Vaccination in Burma 1912-1922 - 1912-1922
Year: 1912
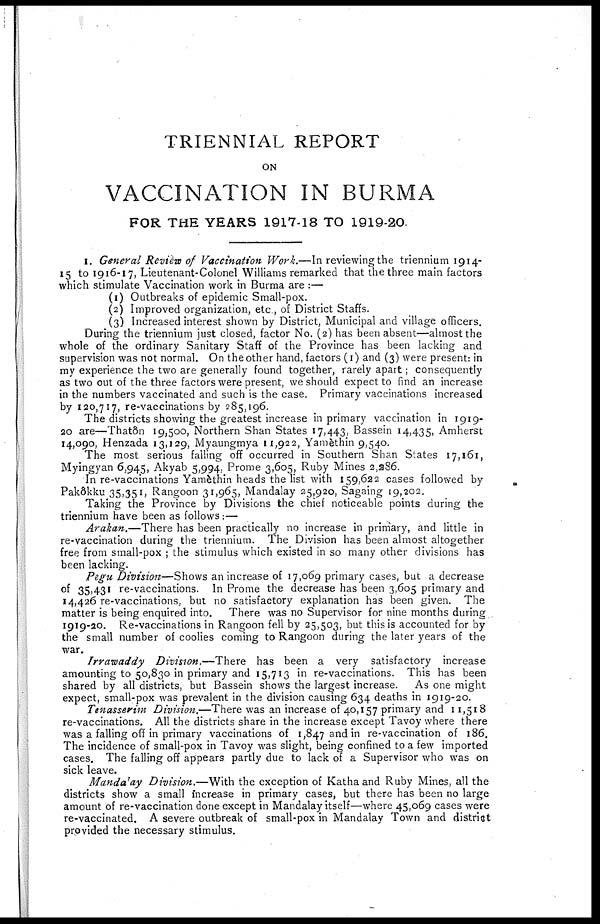
TRIENNIAL REPORT
ON
VACCINATION IN BURMA
FOR THE YEARS 1917-18 TO 1919-20.
1. General Review of Vaccination Work.— In reviewing the triennium 1914-
15 to 1916-17, Lieutenant-Colonel Williams remarked that the three main factors
which stimulate Vaccination work in Burma are :—
(1) Outbreaks of epidemic Small-pox.
(2) Improved organization, etc., of District Staffs.
(3) Increased interest shown by District, Municipal and village officers.
During the triennium just closed, factor No. (2) has been absent—almost the
whole of the ordinary Sanitary Staff of the Province has been lacking and
supervision was not normal. On the other hand, factors (1) and (3) were present: in
my experience the two are generally found together, rarely apart; consequently
as two out of the three factors were present, we should expect to find an increase
in the numbers vaccinated and such is the case. Primary vaccinations increased
by 120,717, re-vaccinations by 285,196.
The districts showing the greatest increase in primary vaccination in 1919-
20 are—Thatôn 19,500, Northern Shan States 17,443, Bassein 14,435, Amherst
14,090, Henzada 13,129, Myaungmya 11,922, Yamèthin 9,540.
The most serious failing off occurred in Southern Shan States 17,161,
Myingyan 6,945, Akyab 5,994, Prome 3,605, Ruby Mines 2,286.
In re-vaccinations Yamèthin heads the list with 159,622 cases followed by
Pakôkku 35,351, Rangoon 31,965, Mandalay 25,920, Sagaing 19,202.
Taking the Province by Divisions the chief noticeable points during the
triennium have been as follows :—
Arakan.—There has been practically no increase in primary, and little in
re-vaccination during the triennium. The Division has been almost altogether
free from small-pox ; the stimulus which existed in so many other divisions has
been lacking.
Pegu Division—Shows an increase of 17,069 primary cases, but a decrease
of 35,431 re-vaccinations. In Prome the decrease has been 3,605 primary and
14,426 re-vaccinations, but no satisfactory explanation has been given. The
matter is being enquired into. There was no Supervisor for nine months during
1919-20. Re-vaccinations in Rangoon fell by 25,503, but this is accounted for by
the small number of coolies coming to Rangoon during the later years of the
war.
Irrawaddy Division.—There has been a very satisfactory increase
amounting to 50,830 in primary and 15,713 in re-vaccinations. This has been
shared by all districts, but Bassein shows the largest increase. As one might
expect, small-pox was prevalent in the division causing 634 deaths in 1919-20.
Tenasserim Division.—There was an increase of 40,157 primary and 11,518
re-vaccinations. All the districts share in the increase except Tavoy where there
was a falling off in primary vaccinations of 1,847 and in re-vaccination of 186.
The incidence of small-pox in Tavoy was slight, being confined to a few imported
cases. The falling off appears partly due to lack of a Supervisor who was on
sick leave.
Mandalay Division.—With the exception of Katha and Ruby Mines, all the
districts show a small increase in primary cases, but there has been no large
amount of re-vaccination done except in Mandalay itself—where 45,069 cases were
re-vaccinated. A severe outbreak of small-pox in Mandalay Town and district
provided the necessary stimulus.